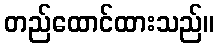
တည်ထောင်ထားသည်။